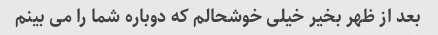
بعد از ظهر بخیر خیلی خوشحالم که دوباره شما را می بینم